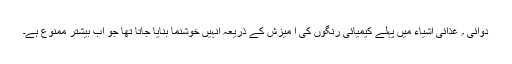
دوائی ؍ غذائی اشیاء میں پہلے کیمیائی رنگوں کی آ میزش کے ذریعہ انہیں خوشنما بنایا جاتا تھا جو اب بیشتر ممنوع ہے۔